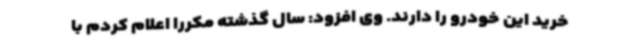
خرید این خودرو را دارند. وی افزود: سال گذشته مکرراً اعلام کردم با